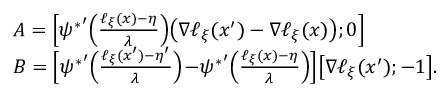
\begin{array} { r l } & { A = \Big [ { \psi ^ { * } } ^ { \prime } \Big ( \frac { \ell _ { \xi } ( x ) - \eta } { \lambda } \Big ) \big ( \nabla \ell _ { \xi } ( x ^ { \prime } ) - \nabla \ell _ { \xi } ( x ) \big ) ; 0 \Big ] } \\ & { B = \Big [ { \psi ^ { * } } ^ { \prime } \Big ( \frac { \ell _ { \xi } ( x ^ { \prime } ) - \eta ^ { \prime } } { \lambda } \Big ) \! - \! { \psi ^ { * } } ^ { \prime } \Big ( \frac { \ell _ { \xi } ( x ) - \eta } { \lambda } \Big ) \Big ] \big [ \nabla \ell _ { \xi } ( x ^ { \prime } ) ; - 1 \big ] . } \end{array}